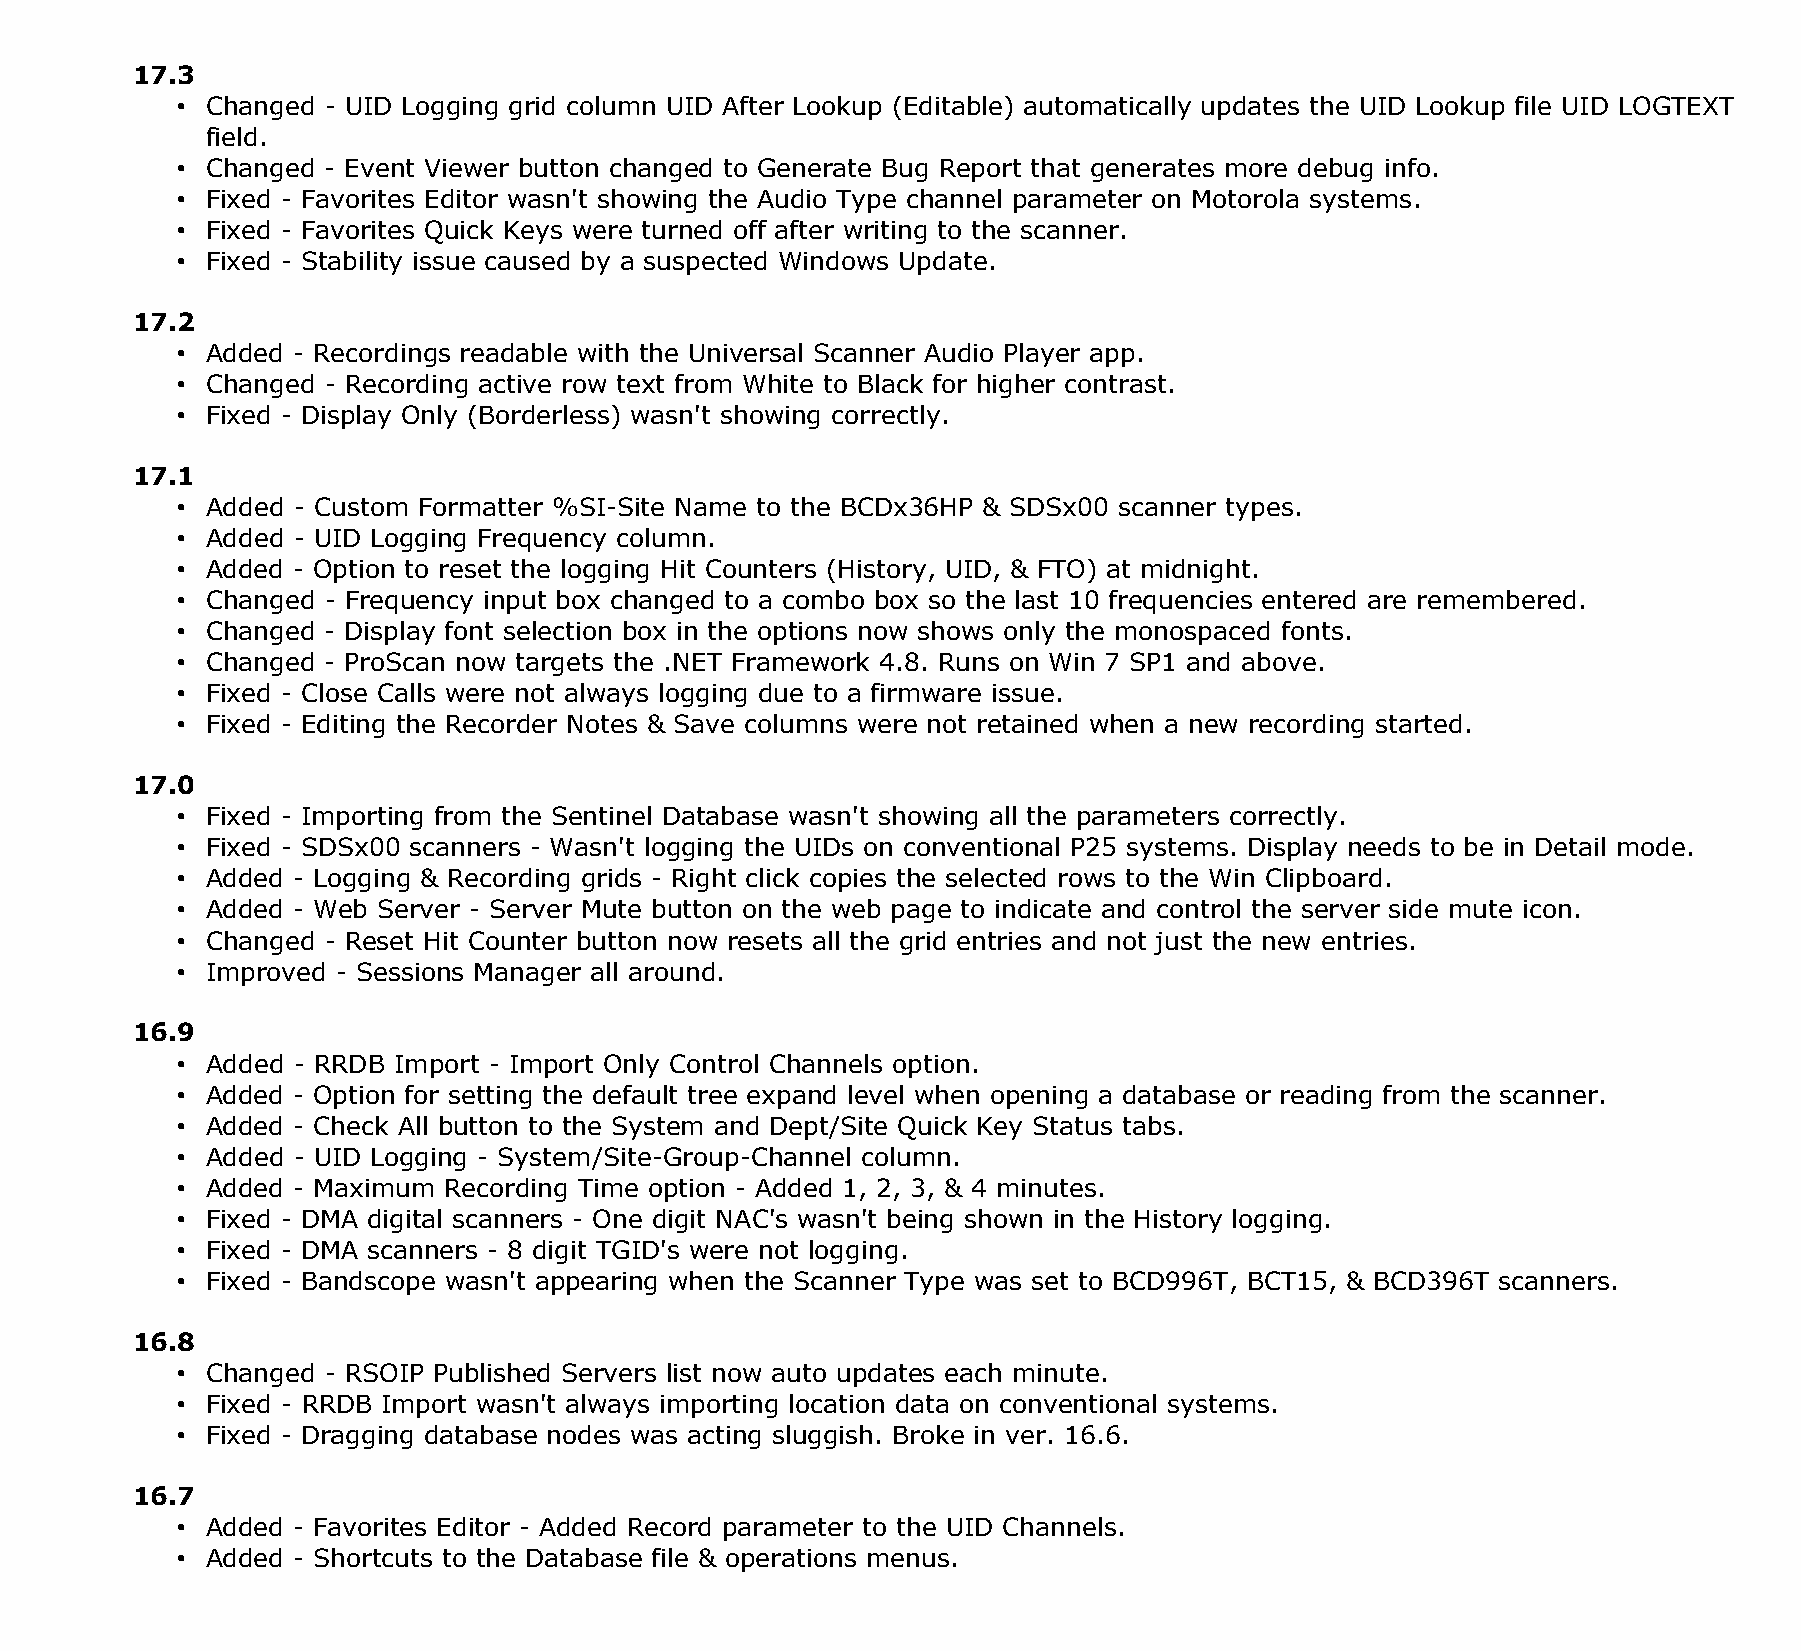
17.3
 • Changed - UID Logging grid column UID After Lookup (Editable) automatically updates the UID Lookup file UID LOGTEXT
 field.
 • Changed - Event Viewer button changed to Generate Bug Report that generates more debug info.
 • Fixed - Favorites Editor wasn't showing the Audio Type channel parameter on Motorola systems.
 • Fixed - Favorites Quick Keys were turned off after writing to the scanner.
 • Fixed - Stability issue caused by a suspected Windows Update.
 17.2
 • Added - Recordings readable with the Universal Scanner Audio Player app.
 • Changed - Recording active row text from White to Black for higher contrast.
 • Fixed - Display Only (Borderless) wasn't showing correctly.
 17.1
 • Added - Custom Formatter %SI-Site Name to the BCDx36HP & SDSx00 scanner types.
 • Added - UID Logging Frequency column.
 • Added - Option to reset the logging Hit Counters (History, UID, & FTO) at midnight.
 • Changed - Frequency input box changed to a combo box so the last 10 frequencies entered are remembered.
 • Changed - Display font selection box in the options now shows only the monospaced fonts.
 • Changed - ProScan now targets the .NET Framework 4.8. Runs on Win 7 SP1 and above.
 • Fixed - Close Calls were not always logging due to a firmware issue.
 • Fixed - Editing the Recorder Notes & Save columns were not retained when a new recording started.
 17.0
 • Fixed - Importing from the Sentinel Database wasn't showing all the parameters correctly.
 • Fixed - SDSx00 scanners - Wasn't logging the UIDs on conventional P25 systems. Display needs to be in Detail mode.
 • Added - Logging & Recording grids - Right click copies the selected rows to the Win Clipboard.
 • Added - Web Server - Server Mute button on the web page to indicate and control the server side mute icon.
 • Changed - Reset Hit Counter button now resets all the grid entries and not just the new entries.
 • Improved - Sessions Manager all around.
 16.9
 • Added - RRDB Import - Import Only Control Channels option.
 • Added - Option for setting the default tree expand level when opening a database or reading from the scanner.
 • Added - Check All button to the System and Dept/Site Quick Key Status tabs.
 • Added - UID Logging - System/Site-Group-Channel column.
 • Added - Maximum Recording Time option - Added 1, 2, 3, & 4 minutes.
 • Fixed - DMA digital scanners - One digit NAC's wasn't being shown in the History logging.
 • Fixed - DMA scanners - 8 digit TGID's were not logging.
 • Fixed - Bandscope wasn't appearing when the Scanner Type was set to BCD996T, BCT15, & BCD396T scanners.
 16.8
 • Changed - RSOIP Published Servers list now auto updates each minute.
 • Fixed - RRDB Import wasn't always importing location data on conventional systems.
 • Fixed - Dragging database nodes was acting sluggish. Broke in ver. 16.6.
 16.7
 • Added - Favorites Editor - Added Record parameter to the UID Channels.
 • Added - Shortcuts to the Database file & operations menus.